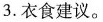
3.衣食建议。